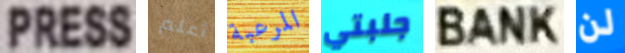
PRESS أعلم المرعبة جلبتي BANK لن